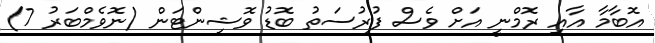
އޮބާމާ އާއި ރޮމްނީ އަށް ވެސް ފުރުސަތު ބޮޑު ވޮޝިންޓަން (ނޮވެމްބަރު 7)